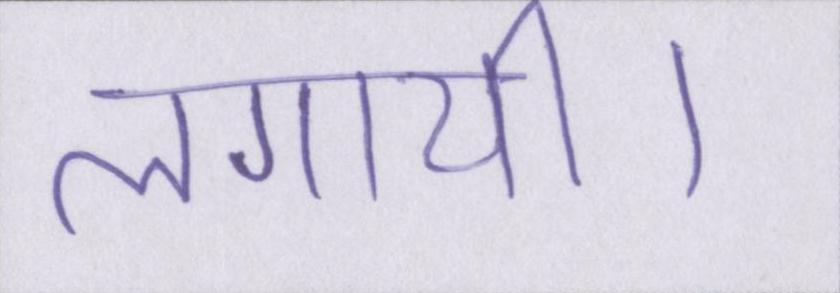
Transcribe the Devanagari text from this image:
लगायी।